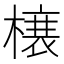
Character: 𭫲